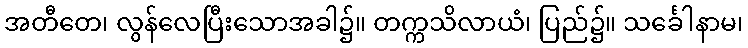
အတီတေ၊ လွန်လေပြီးသောအခါ၌။ တက္ကသိလာယံ၊ ပြည်၌။ သင်္ခေါနာမ၊